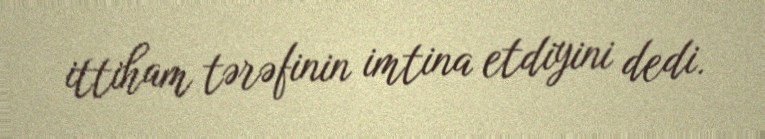
ittiham tərəfinin imtina etdiyini dedi.